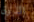
الذوق